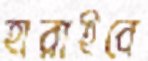
হারাইবে